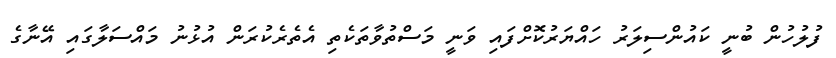
ފުލުހުން ބުނީ ކައުންސިލަރު ހައްޔަރުކޮށްފައި ވަނީ މަސްތުވާތަކެތި އެތެރެކުރަން އުޅުނު މައްސަލާގައި އޭނާގެ